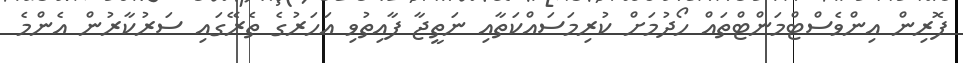
ފޮރިން އިންވެސްޓްމަންޓްތައް ހޯދުމަށް ކުރިމަސައްކަތާއި ނަތީޖާ ފާއިތުވި އަހަރުގެ ތެރޭގައި ސަރުކާރުން އެންމެ